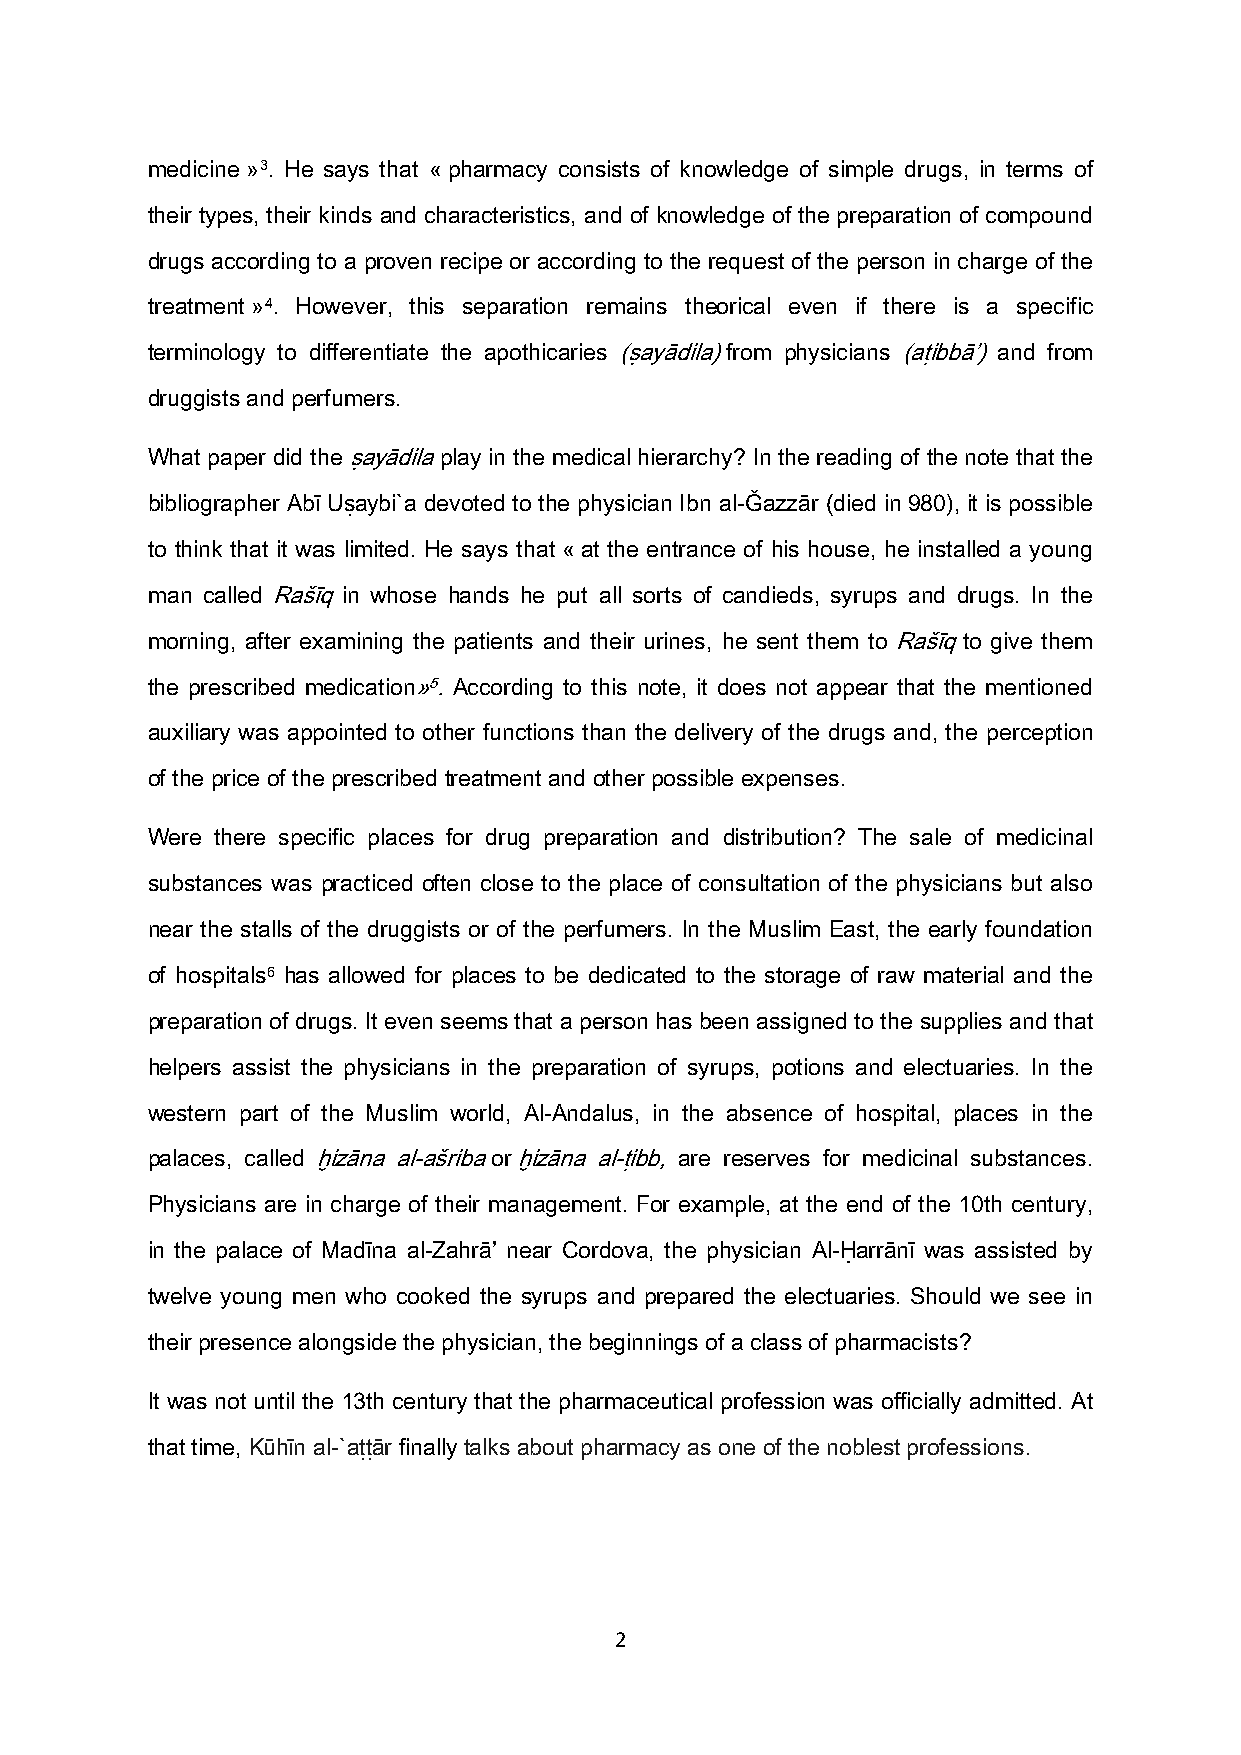
medicine »3. He says that « pharmacy consists of knowledge of simple drugs, in terms of
 their types, their kinds and characteristics, and of knowledge of the preparation of compound
 drugs according to a proven recipe or according to the request of the person in charge of the
 treatment »4. However, this separation remains theorical even if there is a specific
 terminology to differentiate the apothicaries (ṣayādila) from physicians (aṭibbā’) and from
 druggists and perfumers.
 What paper did the ṣayādila play in the medical hierarchy? In the reading of the note that the
 bibliographer Abī Uṣaybi`a devoted to the physician Ibn al-Ğazzār (died in 980), it is possible
 to think that it was limited. He says that « at the entrance of his house, he installed a young
 man called Rašīq in whose hands he put all sorts of candieds, syrups and drugs. In the
 morning, after examining the patients and their urines, he sent them to Rašīq to give them
 the prescribed medication»5. According to this note, it does not appear that the mentioned
 auxiliary was appointed to other functions than the delivery of the drugs and, the perception
 of the price of the prescribed treatment and other possible expenses.
 Were there specific places for drug preparation and distribution? The sale of medicinal
 substances was practiced often close to the place of consultation of the physicians but also
 near the stalls of the druggists or of the perfumers. In the Muslim East, the early foundation
 of hospitals6 has allowed for places to be dedicated to the storage of raw material and the
 preparation of drugs. It even seems that a person has been assigned to the supplies and that
 helpers assist the physicians in the preparation of syrups, potions and electuaries. In the
 western part of the Muslim world, Al-Andalus, in the absence of hospital, places in the
 palaces, called ḫizāna al-ašriba or ḫizāna al-ṭibb, are reserves for medicinal substances.
 Physicians are in charge of their management. For example, at the end of the 10th century,
 in the palace of Madīna al-Zahrā’ near Cordova, the physician Al-Ḥarrānī was assisted by
 twelve young men who cooked the syrups and prepared the electuaries. Should we see in
 their presence alongside the physician, the beginnings of a class of pharmacists?
 It was not until the 13th century that the pharmaceutical profession was officially admitted. At
 that time, Kūhīn al-`aṭṭār finally talks about pharmacy as one of the noblest professions.
 2